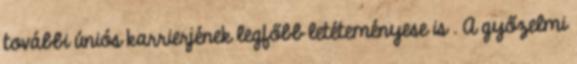
további úniós karrierjének legfőbb letéteményese is . A győzelmi